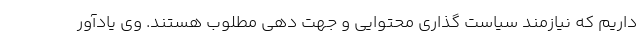
داریم که نیازمند سیاست گذاری محتوایی و جهت دهی مطلوب هستند. وی یادآور